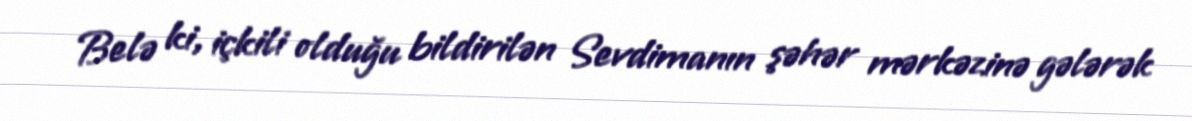
Belə ki, içkili olduğu bildirilən Sevdimanın şəhər mərkəzinə gələrək